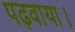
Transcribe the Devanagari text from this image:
पढ़वाया।